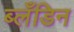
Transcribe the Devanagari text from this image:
ब्लँडिन